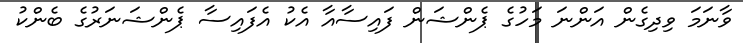
ވާނަމަ ވިދިގެން އަންނަ މަހުގެ ޕެންޝަން ފައިސާއާ އެކު އެފައިސާ ޕެންޝަނަރުގެ ބެންކު